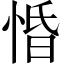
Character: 惛